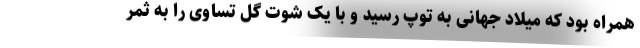
همراه بود که میلاد جهانی به توپ رسید و با یک شوت گل تساوی را به ثمر